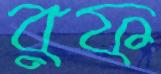
রফ